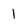
Character: 1